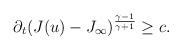
LaTeX: \begin{align*}\partial_{t}(J(u)-J_{\infty})^{\frac{\gamma-1}{\gamma+1}}\geq c.\end{align*}